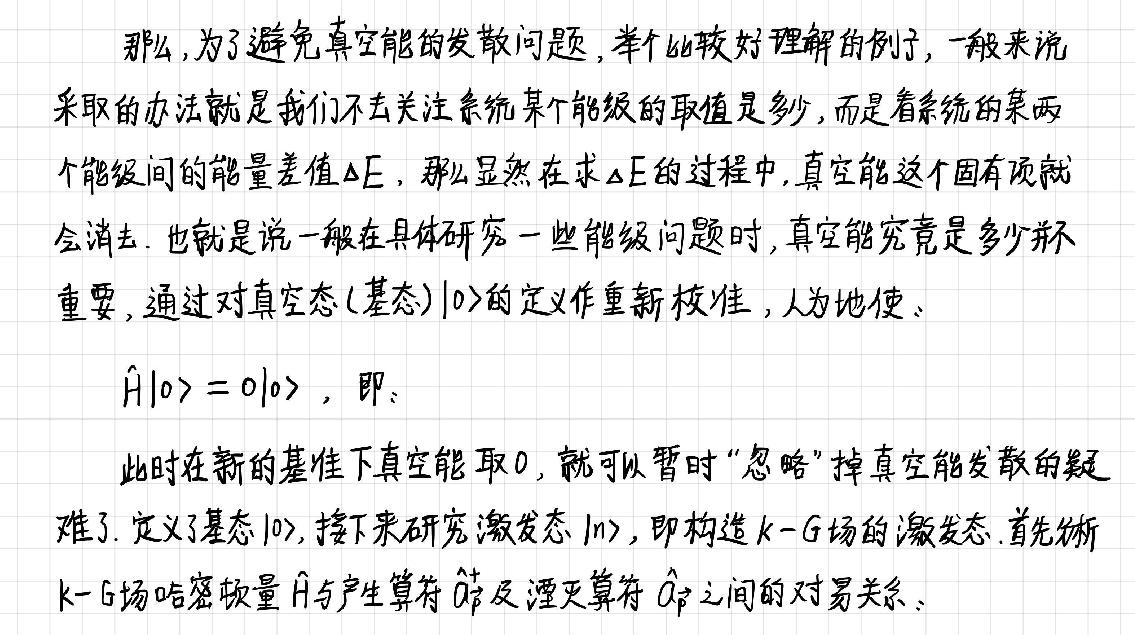
那么,为了避免真空能的发散问题,举个比较好理解的例子,一般来说采取的办法就是我们不去关注系统某个能级的取值是多少,而是看系统的某两个能级间的能量差值$\Delta E$,那么显然在求$\Delta E$的过程中,真空能这个固有项就会消去.也就是说一般在具体研究一些能级问题时,真空能究竟是多少并不重要,通过对真空态(基态)$|0\rangle$的定义作重新校准,人为地使:

$\hat{H}|0\rangle = 0|0\rangle$,即:

此时在新的基准下真空能取0,就可以暂时“忽略”掉真空能发散的疑难了.定义了基态$|0\rangle$,接下来研究激发态$|n\rangle$,即构造$k - G$场的激发态.首先分析$k - G$场哈密顿量$\hat{H}$与产生算符$\hat{a}_{\vec{p}}^{+}$及湮没算符$\hat{a}_{\vec{p}}$之间的对易关系.